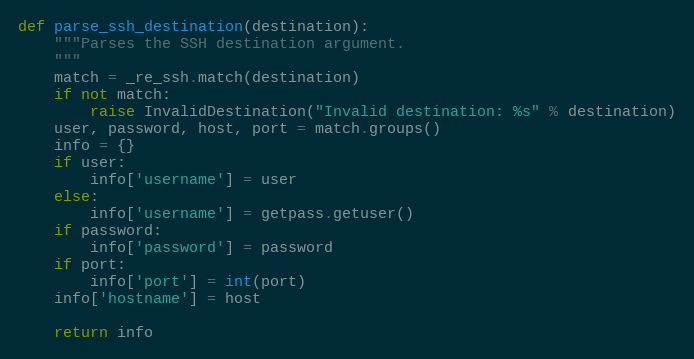
Language: Python
def parse_ssh_destination(destination):
    """Parses the SSH destination argument.
    """
    match = _re_ssh.match(destination)
    if not match:
        raise InvalidDestination("Invalid destination: %s" % destination)
    user, password, host, port = match.groups()
    info = {}
    if user:
        info['username'] = user
    else:
        info['username'] = getpass.getuser()
    if password:
        info['password'] = password
    if port:
        info['port'] = int(port)
    info['hostname'] = host

    return info